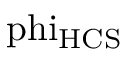
\mathrm { \ p h i _ { H C S } }